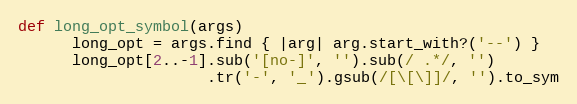
Language: Ruby
def long_opt_symbol(args)
      long_opt = args.find { |arg| arg.start_with?('--') }
      long_opt[2..-1].sub('[no-]', '').sub(/ .*/, '')
                     .tr('-', '_').gsub(/[\[\]]/, '').to_sym